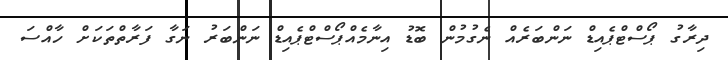
ދިރާގު ޕޯސްޓްޕެއިޑް ނަންބަރެއް ނެގުމުން ބޮޑު އިނާމެއްޕޯސްޓްޕެއިޑް ނަންބަރު ނަގާ ފަރާތްތަކަށް ހާއްސަ